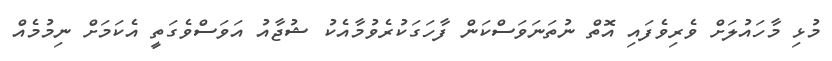
މުޅި މާހައުލަށް ވެރިވެފައި އޮތް ނުތަނަވަސްކަން ފާހަގަކުރެވުމާއެކު ޝުޖާއު އަވަސްވެގަތީ އެކަމަށް ނިމުމެއް